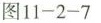
8图11-2-7